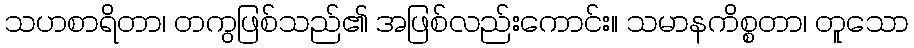
သဟစာရိတာ၊ တကွဖြစ်သည်၏ အဖြစ်လည်းကောင်း။ သမာနကိစ္စတာ၊ တူသော